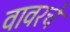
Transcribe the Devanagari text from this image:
वावरचे